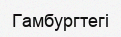
Гамбургтегі